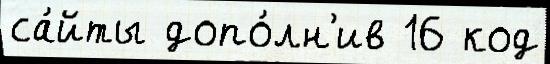
са́йты допо́лн'ив 16 код